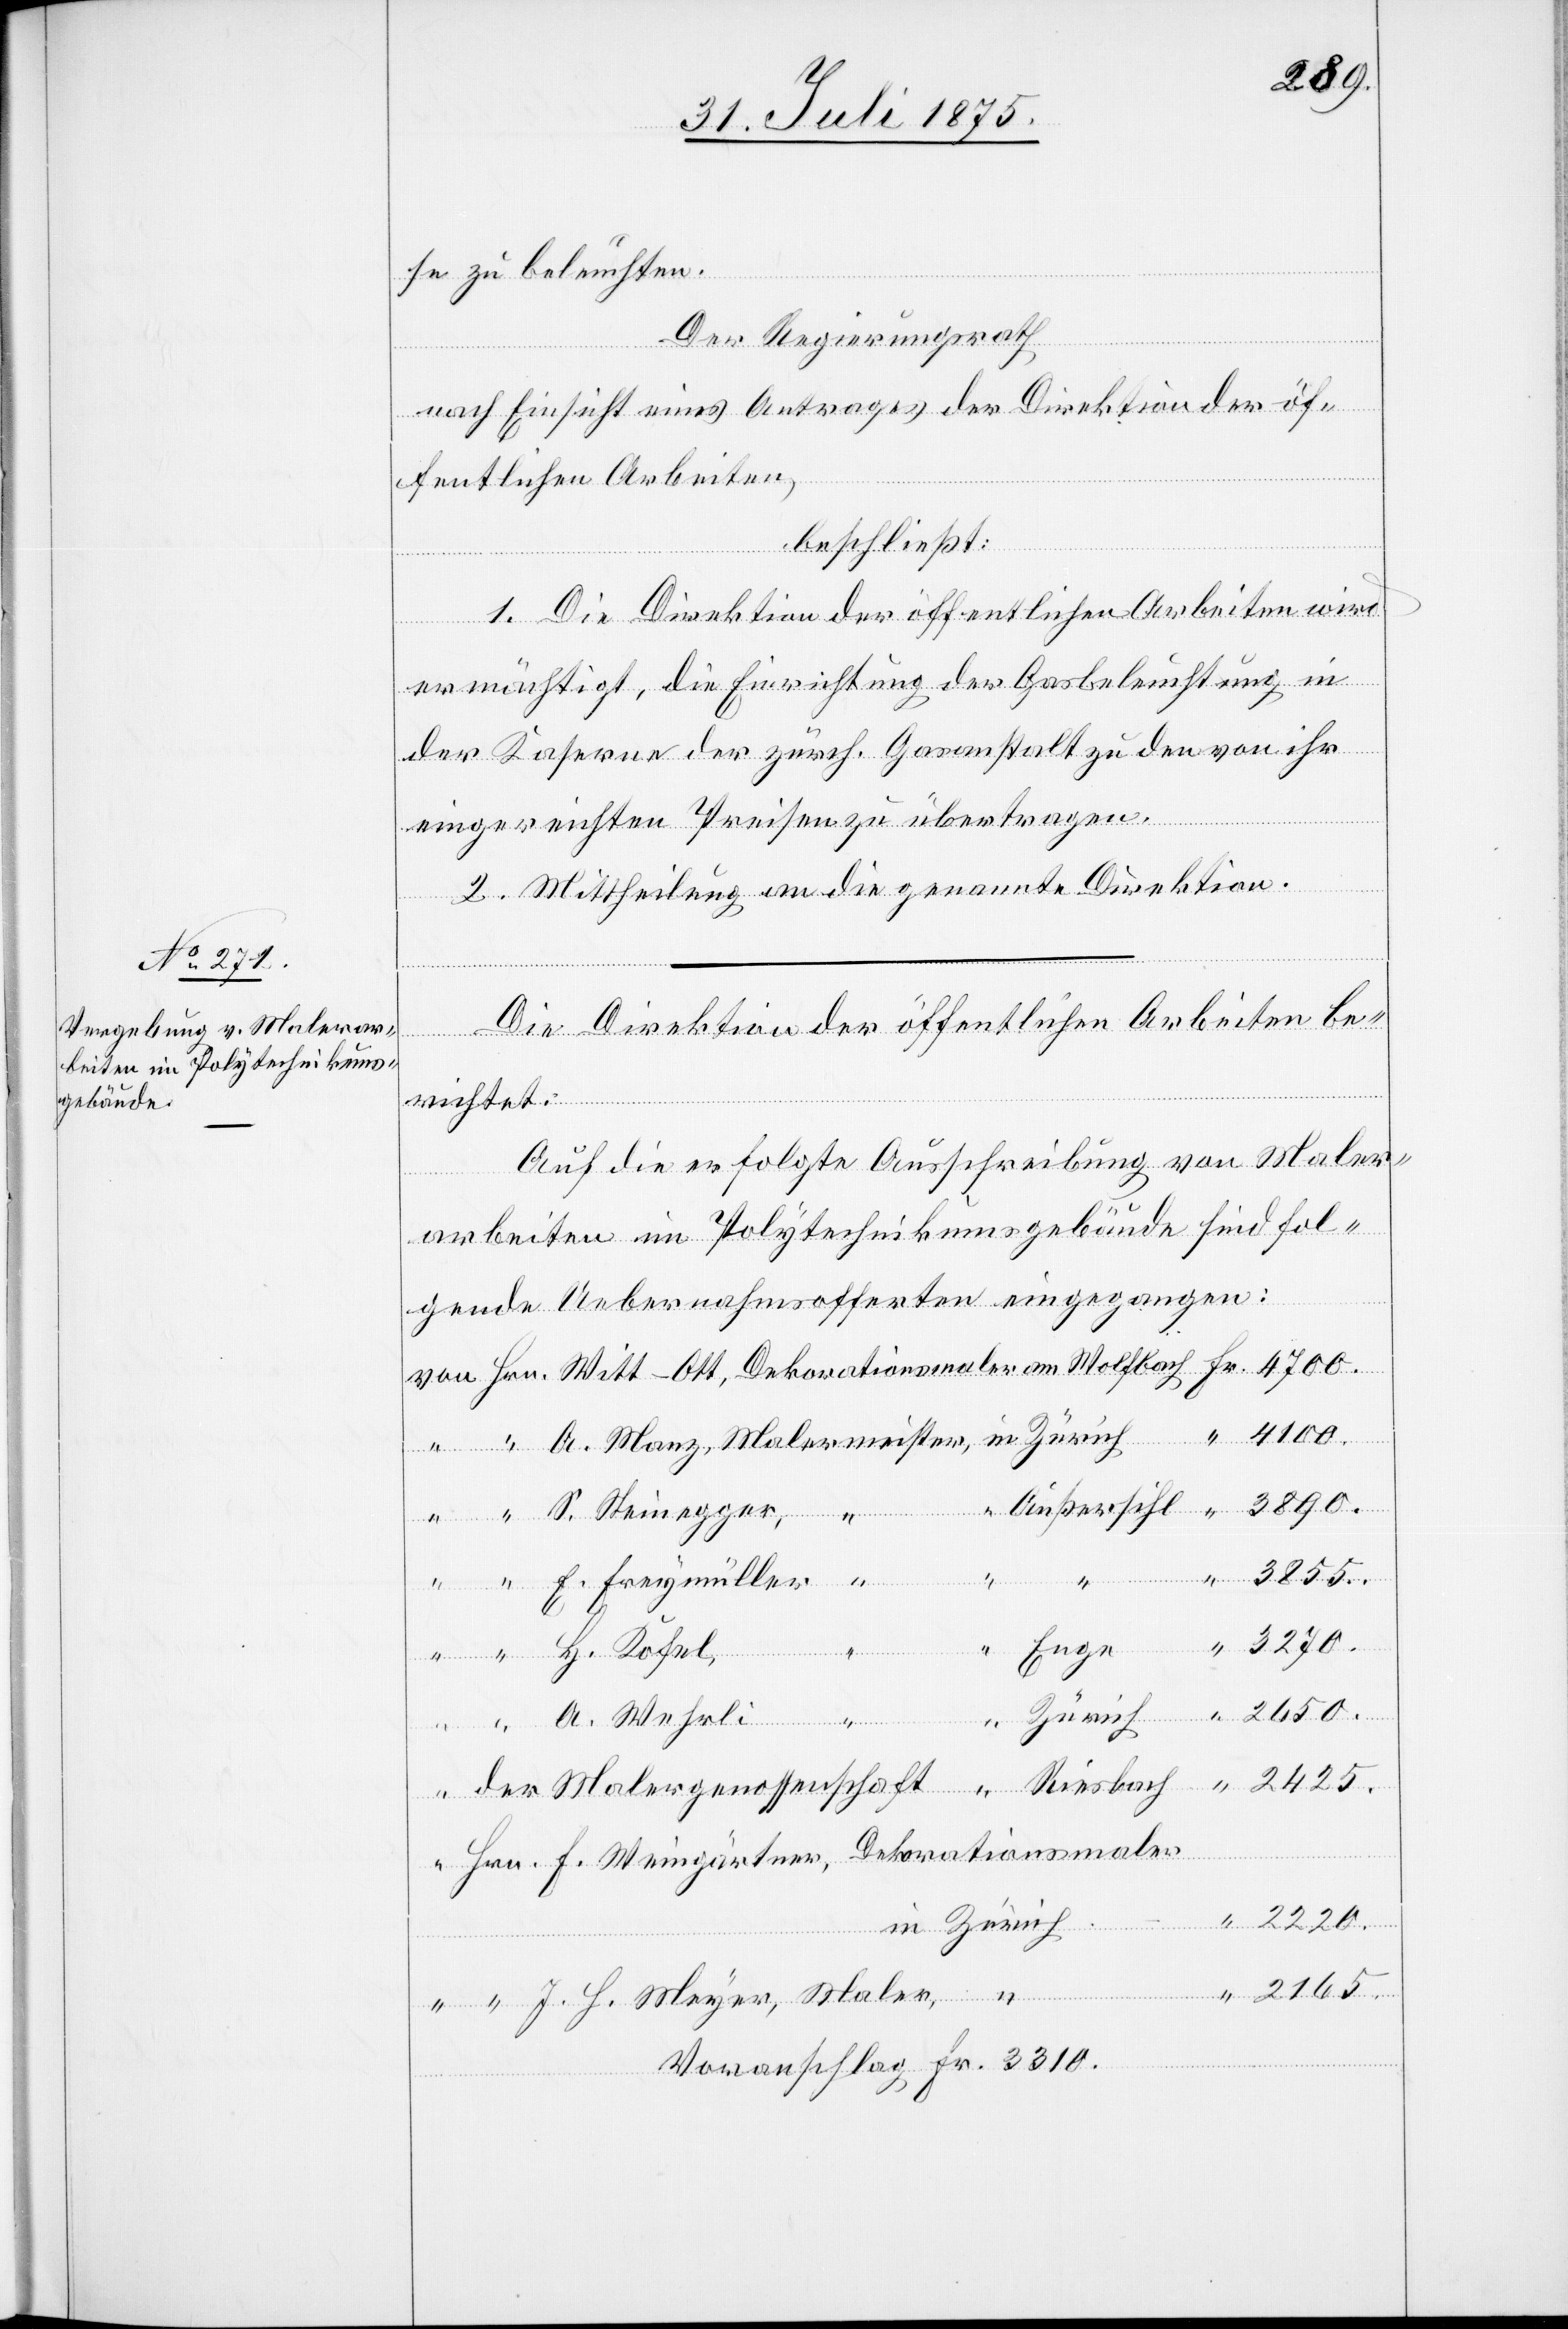
se zu beleuchten.
Der Regierungsrath,
nach Einsicht eines Antrages der Direktion der öf¬
fentlichen Arbeiten,
beschließt:
1. Die Direktion der öffentlichen Arbeiten wird
J.
ermächtigt, die Einrichtung der Gasbeleuchtung in
Maler,
der Kaserne der zürch. Gasanstalt zu den von ihr
in
eingereichten Preisen zu übertragen.
2. Mittheilung an die genannte Direktion.
Die Direktion der öffentlichen Arbeiten be¬
richtet:
Auf die erfolgte Ausschreibung von Maler¬
arbeiten im Polytechnikumsgebäude sind fol¬
gende Uebernahmsofferten eingegangen:
4700.
3890.
Außersihl
3855.
411.
Ries¬
H.
2220.
ergenossenschaft
orationsmaler
2425.
2165.
Voranschlag Fr. 3310.